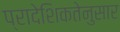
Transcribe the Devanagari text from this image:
प्रादेशिकतेनुसार